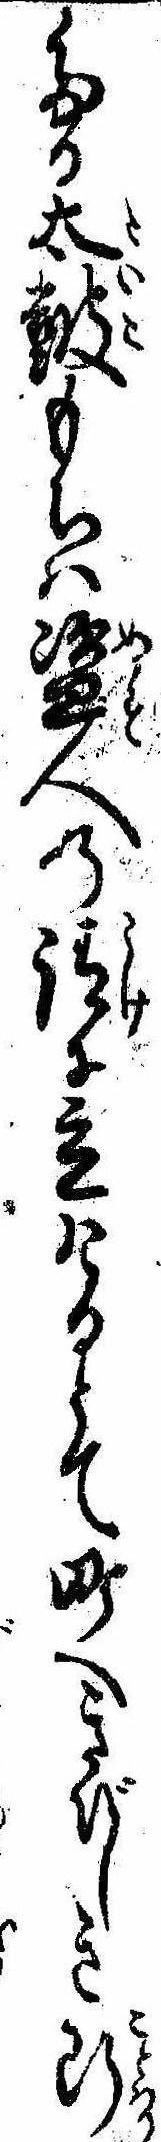
たる太鼓もちは盗人の請に立けるとて町へきびしき断